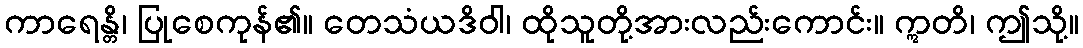
ကာရေန္တိ၊ ပြုစေကုန်၏။ တေသံယဒိဝါ၊ ထိုသူတို့အားလည်းကောင်း။ ဣတိ၊ ဤသို့။